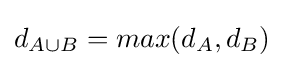
d_{A\cup B}=max(d_{A},d_{B})